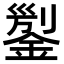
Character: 𨨬